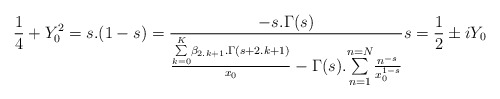
\begin{align*}\frac{1}{4}+Y_0^2=s.(1-s)=\frac{-s.\Gamma (s)}{\frac{\underset{k=0}{\overset{K}{\sum }}\beta _{2.k+1}.\Gamma (s+2.k+1)}{x_0}-\Gamma (s).\underset{n=1}{\overset{n=N}{\sum }}\frac{n^{-s}}{x_0^{1-s}}} s=\frac{1}{2} \pm iY_0 \end{align*}